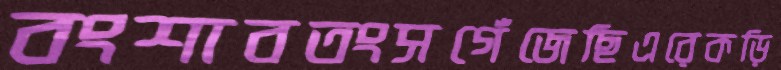
বংশাবতংসগেঁজেছিএরেকড়ি